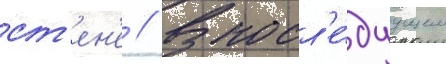
ст'ен'е // В посл'е́дуущем